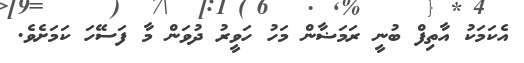
އެކަމަކު އާތިފް ބުނީ ރަމަޟާން މަހު ހަވީރު ދުވަން މާ ފަސޭހަ ކަމަށެވެ.